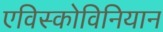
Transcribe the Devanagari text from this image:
एविस्कोविनियान